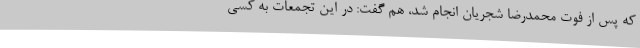
که پس از فوت محمدرضا شجریان انجام شد، هم گفت: در این تجمعات به کسی